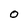
Character: O